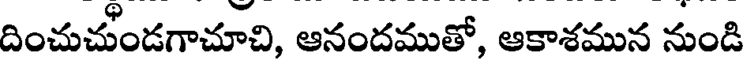
దించుచుండగాచూచి, ఆనందముతో, ఆకాశమున నుండి